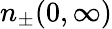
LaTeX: n_{\pm}(0,\infty)